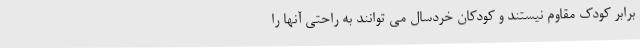
برابر کودک مقاوم نیستند و کودکان خردسال می توانند به راحتی آنها را